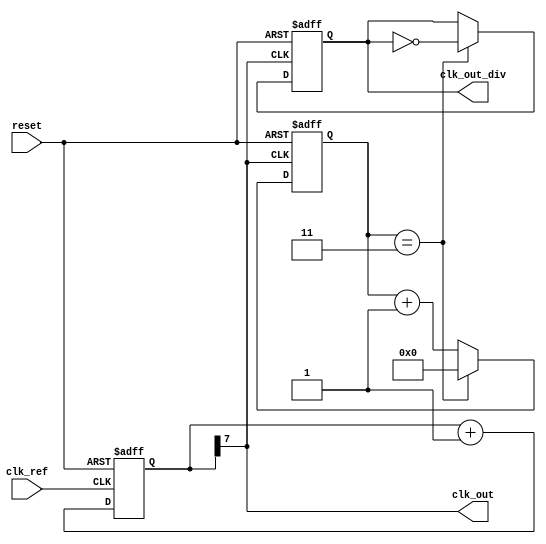
module dual_loop_pll (
    input wire clk_ref,         // Reference clock input
    input wire reset,           // Asynchronous reset
    output wire clk_out,        // Output clock
    output wire clk_out_div     // Divided output clock
);

    // Parameters
    parameter DIV_FACTOR = 4;   // Division factor for output clock
    parameter PHASE_GAIN = 1;    // Phase detector gain
    parameter CP_GAIN = 1;        // Charge pump gain
    parameter LF_GAIN = 1;        // Loop filter gain

    // Internal signals
    wire phase_error;            // Phase error signal
    wire cp_output;              // Charge pump output
    reg [7:0] loop_filter;       // Loop filter output (control voltage)
    wire vco_out;                // VCO output
    reg [15:0] divider;          // Frequency divider counter
    reg clk_div;                 // Divided clock output

    // Phase Detector (PD)
    assign phase_error = (clk_ref ^ clk_div); // Simple XOR phase detector

    // Charge Pump (CP)
    assign cp_output = (phase_error) ? (CP_GAIN) : (-CP_GAIN);

    // Loop Filter (LF)
    always @(posedge clk_ref or posedge reset) begin
        if (reset) begin
            loop_filter <= 8'b0;
        end else begin
            loop_filter <= loop_filter + cp_output; // Integrate charge pump output
        end
    end

    // Voltage-Controlled Oscillator (VCO)
    assign vco_out = loop_filter[7]; // Simple VCO representation (binary control)

    // Frequency Divider
    always @(posedge vco_out or posedge reset) begin
        if (reset) begin
            divider <= 0;
            clk_div <= 0;
        end else begin
            if (divider == DIV_FACTOR - 1) begin
                clk_div <= ~clk_div;       // Toggle divided clock
                divider <= 0;              // Reset counter
            end else begin
                divider <= divider + 1;    // Increment counter
            end
        end
    end

    // Output clock
    assign clk_out = vco_out;

    // Divided output clock
    assign clk_out_div = clk_div;

endmodule